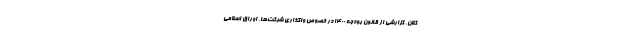
کلان، گزارشی از قانون بودجه ۱۴۰۰ در خصوص واگذاری شرکت‌ها، اوراق اسلامی